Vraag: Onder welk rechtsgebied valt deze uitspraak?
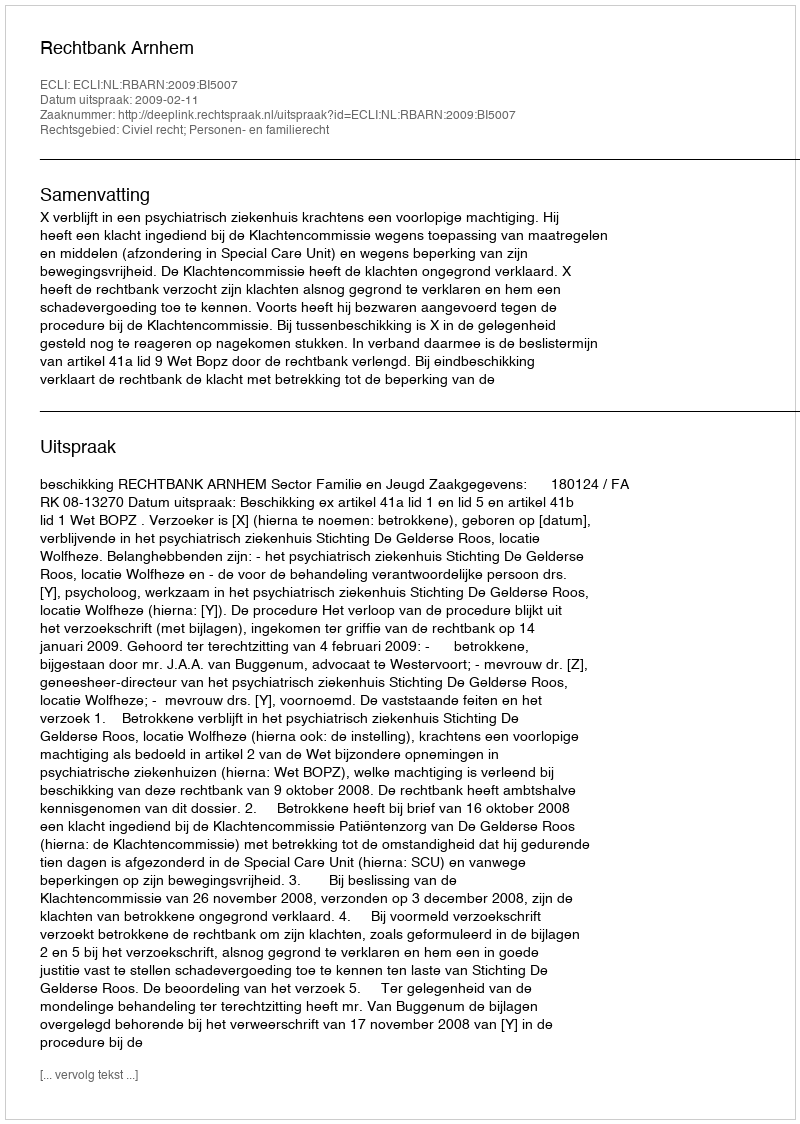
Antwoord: Civiel recht; Personen- en familierecht